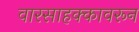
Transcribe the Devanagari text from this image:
वारसाहक्कावरून